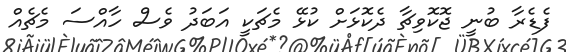
ފެޑެރާ ބުނީ ޖޮކޮވިޗާ ދެކޮޅަށް ކުޅޭ މެޗަކީ އަބަދު ވެސް ހާއްސަ މެޗެއް